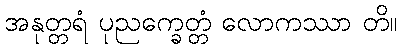
အနုတ္တရံ ပုညက္ခေတ္တံ လောကဿာ တိ။